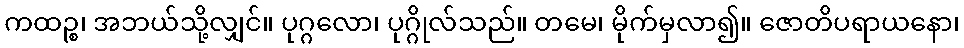
ကထဉ္စ၊ အဘယ်သို့လျှင်။ ပုဂ္ဂလော၊ ပုဂ္ဂိုလ်သည်။ တမေ၊ မိုက်မှလာ၍။ ဇောတိပရာယနော၊